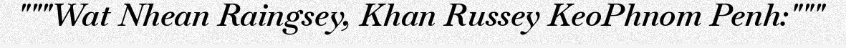
"""Wat Nhean Raingsey, Khan Russey KeoPhnom Penh:"""